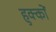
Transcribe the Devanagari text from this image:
हुक्‍कों